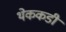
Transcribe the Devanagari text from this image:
थेककडी